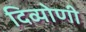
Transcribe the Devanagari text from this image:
दिव्योणी